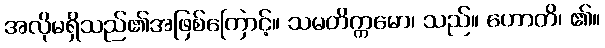
အလိုမရှိသည်၏အဖြစ်ကြောင့်။ သမတိက္ကမော၊ သည်။ ဟောတိ၊ ၏။